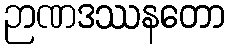
ဉာဏဒဿနတော